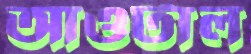
আওটাল